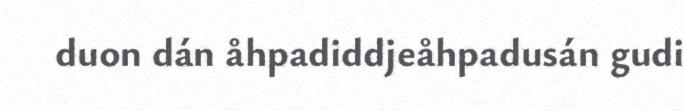
duon dán åhpadiddjeåhpadusán gudi